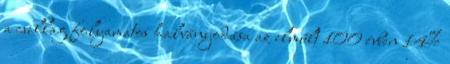
a csillag folyamatos halványodása az elmúlt 100 évben 14%